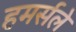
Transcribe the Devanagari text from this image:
हमर्सले